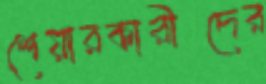
শেয়ারকারীদের